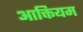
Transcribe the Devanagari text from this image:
आक्तियम